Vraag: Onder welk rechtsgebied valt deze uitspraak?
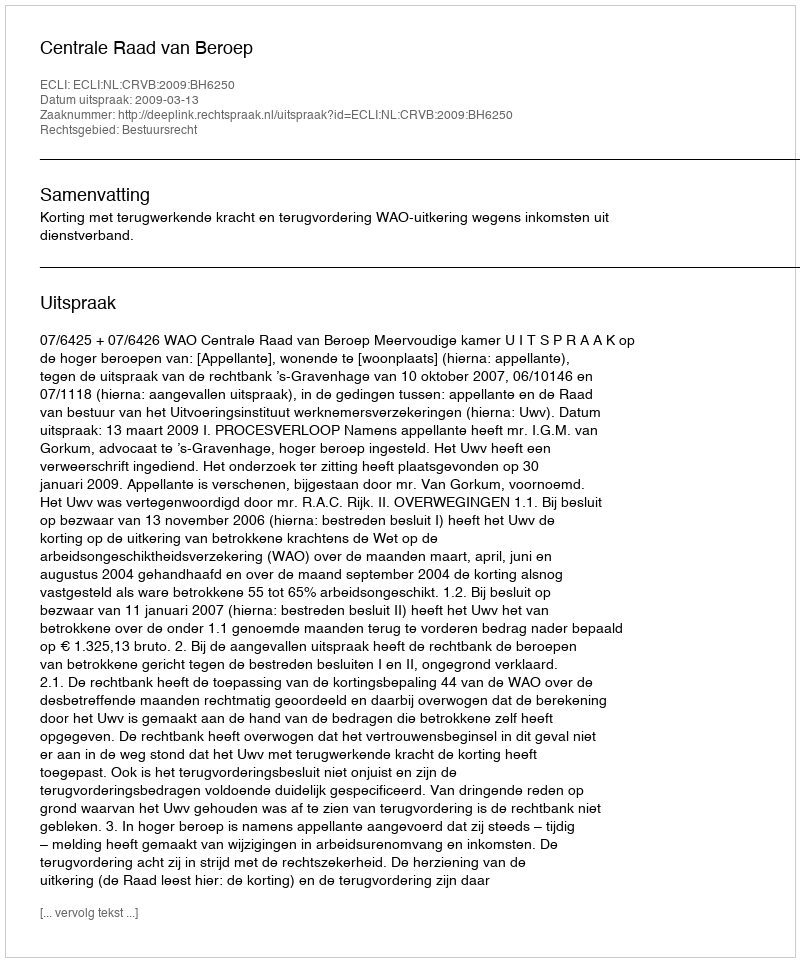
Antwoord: Bestuursrecht